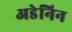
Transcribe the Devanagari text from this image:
अडेनिन